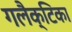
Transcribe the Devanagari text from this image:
गलैक्टिका